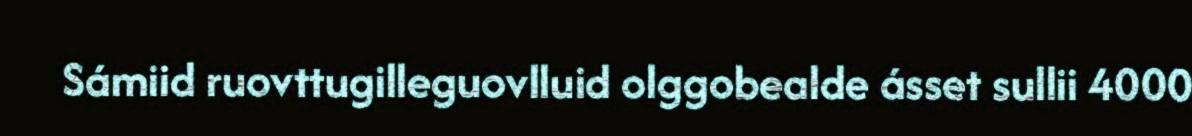
Sámiid ruovttugilleguovlluid olggobealde ásset sullii 4000